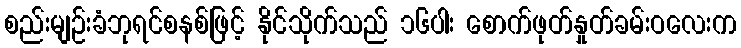
စည်းမျဉ်းခံဘုရင်စနစ်ဖြင့် နိုင်သိုက်သည် ၁၆ပါး စောက်ဖုတ်နှုတ်ခမ်းဝလေးက